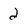
Character: 2